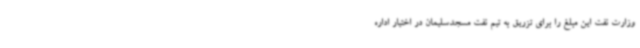
وزارت نفت این مبلغ را برای تزریق به تیم نفت مسجدسلیمان در اختیار اداره